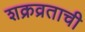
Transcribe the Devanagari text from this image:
शक्रव्रताची